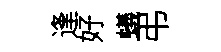
逢好蟻弔